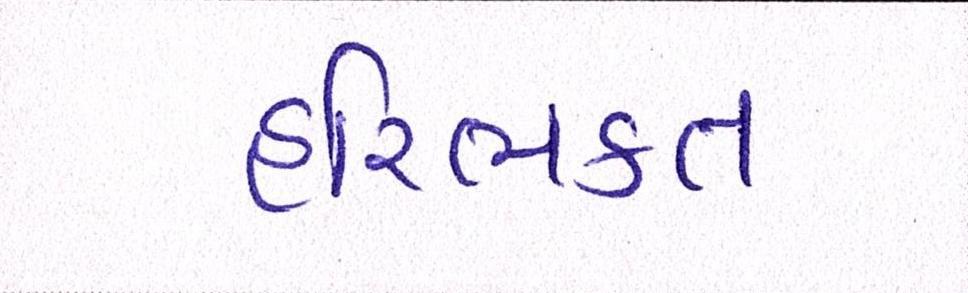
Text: હરિભકત